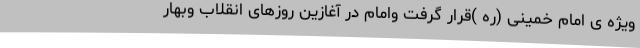
ویژه ی امام خمینی (ره )قرار گرفت وامام در آغازین روزهای انقلاب وبهار